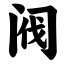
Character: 阀